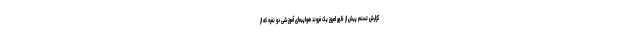
گزارش تسنم پیش از ظهر امروز یک فروند هواپیمای آموزشی دو نفره که از